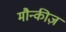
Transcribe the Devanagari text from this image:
मौन्कीज़